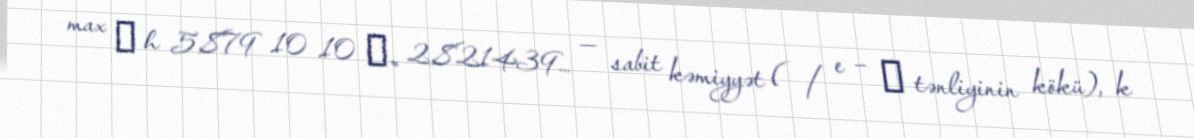
max α h 5,879 10 10 α≈ 2,821439… — sabit kəmiyyət ( / e − α tənliyinin kökü), k